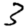
Digit: 3